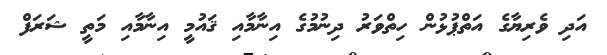
އަދި ވެރިޔާގެ އަތްޕުޅުން ހިތްވަރު ދިނުމުގެ އިނާމާއި ޤައުމީ އިނާމާއި މަތީ ޝަރަފް